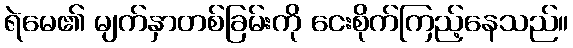
ရဲမေ၏ မျက်နှာတစ်ခြမ်းကို ငေးစိုက်ကြည့်နေသည်။